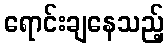
ရောင်းချနေသည့်